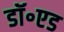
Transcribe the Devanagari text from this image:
डॉ॰एड